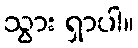
သွား ရှာပါ။